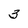
Character: 3